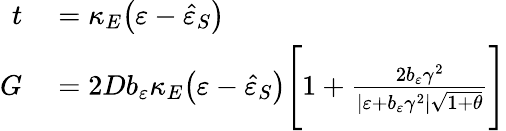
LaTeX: \begin{array}{rl}{t}&{{}=\kappa_{E}\big(\varepsilon-\hat{\varepsilon}_{S}\big)}\\ {G}&{{}=2Db_{\varepsilon}\kappa_{E}\big(\varepsilon-\hat{\varepsilon}_{S}\big)\Bigg[1+\frac{2b_{\varepsilon}\gamma^{2}}{\vert\varepsilon+b_{\varepsilon}\gamma^{2}\vert\sqrt{1+\theta}}\Bigg]}\end{array}